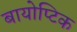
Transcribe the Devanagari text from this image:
बायोप्टिक